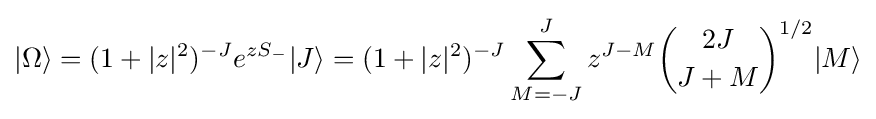
|\Omega \rangle =(1+|z|^{2})^{-J}e^{zS_{-}}|J\rangle =(1+|z|^{2})^{-J}\sum _{M=-J}^{J}z^{J-M}{\binom {2J}{J+M}}^{1/2}|M\rangle